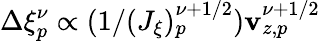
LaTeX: \Delta\xi_{p}^{\nu}\propto(1/(J_{\xi})_{p}^{\nu+1/2})\mathbf{v}_{z,p}^{\nu+1/2}